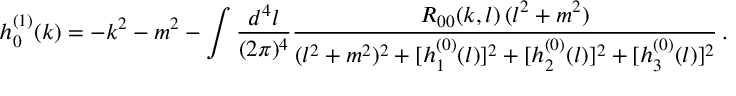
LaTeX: h _ { 0 } ^ { ( 1 ) } ( k ) = - k ^ { 2 } - m ^ { 2 } - \int { \frac { d ^ { 4 } l } { ( 2 \pi ) ^ { 4 } } } { \frac { R _ { 0 0 } ( k , l ) \, ( l ^ { 2 } + m ^ { 2 } ) } { ( l ^ { 2 } + m ^ { 2 } ) ^ { 2 } + [ h _ { 1 } ^ { ( 0 ) } ( l ) ] ^ { 2 } + [ h _ { 2 } ^ { ( 0 ) } ( l ) ] ^ { 2 } + [ h _ { 3 } ^ { ( 0 ) } ( l ) ] ^ { 2 } } } \, .